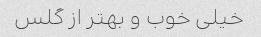
خیلی خوب و بهتر از گلس